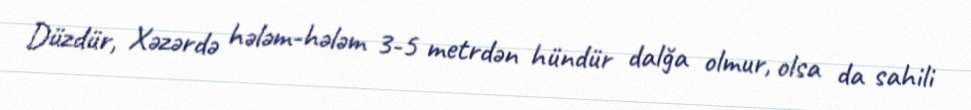
Düzdür, Xəzərdə hələm-hələm 3-5 metrdən hündür dalğa olmur, olsa da sahili